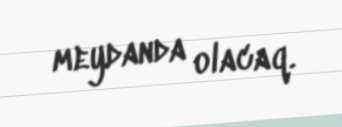
meydanda olacaq.